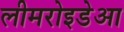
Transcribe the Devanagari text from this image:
लीमरोइडेआ